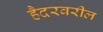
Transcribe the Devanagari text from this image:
हैदरवरील